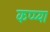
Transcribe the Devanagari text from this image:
कप्प्या